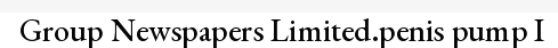
Group Newspapers Limited.penis pump I